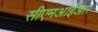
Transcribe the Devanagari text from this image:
सीएमआईआर